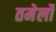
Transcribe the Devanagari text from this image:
तमेर्लो